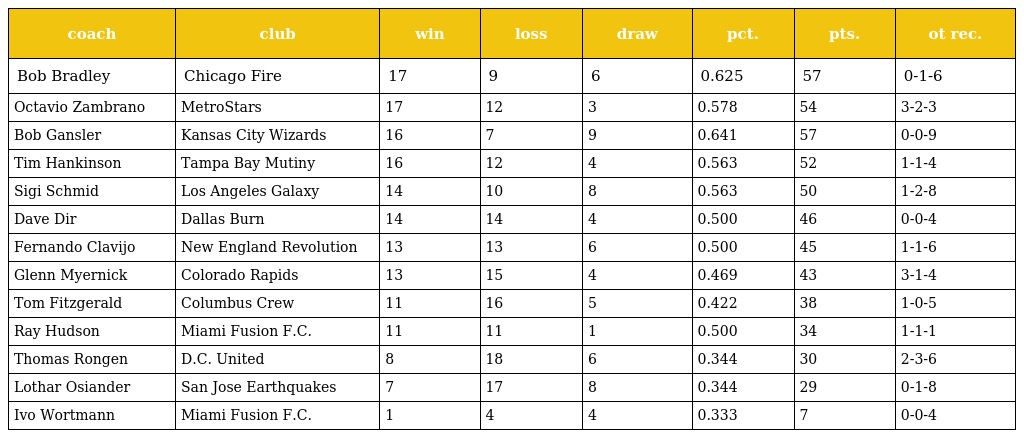
| coach | club | win | loss | draw | pct. | pts. | ot rec. |
 | --- | --- | --- | --- | --- | --- | --- | --- |
 | Bob Bradley | Chicago Fire | 17 | 9 | 6 | 0.625 | 57 | 0-1-6 |
 | Octavio Zambrano | MetroStars | 17 | 12 | 3 | 0.578 | 54 | 3-2-3 |
 | Bob Gansler | Kansas City Wizards | 16 | 7 | 9 | 0.641 | 57 | 0-0-9 |
 | Tim Hankinson | Tampa Bay Mutiny | 16 | 12 | 4 | 0.563 | 52 | 1-1-4 |
 | Sigi Schmid | Los Angeles Galaxy | 14 | 10 | 8 | 0.563 | 50 | 1-2-8 |
 | Dave Dir | Dallas Burn | 14 | 14 | 4 | 0.500 | 46 | 0-0-4 |
 | Fernando Clavijo | New England Revolution | 13 | 13 | 6 | 0.500 | 45 | 1-1-6 |
 | Glenn Myernick | Colorado Rapids | 13 | 15 | 4 | 0.469 | 43 | 3-1-4 |
 | Tom Fitzgerald | Columbus Crew | 11 | 16 | 5 | 0.422 | 38 | 1-0-5 |
 | Ray Hudson | Miami Fusion F.C. | 11 | 11 | 1 | 0.500 | 34 | 1-1-1 |
 | Thomas Rongen | D.C. United | 8 | 18 | 6 | 0.344 | 30 | 2-3-6 |
 | Lothar Osiander | San Jose Earthquakes | 7 | 17 | 8 | 0.344 | 29 | 0-1-8 |
 | Ivo Wortmann | Miami Fusion F.C. | 1 | 4 | 4 | 0.333 | 7 | 0-0-4 |